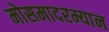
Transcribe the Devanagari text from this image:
मोसमादरम्यान